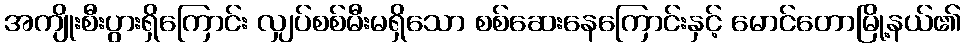
အကျိုးစီးပွားရှိကြောင်း လျှပ်စစ်မီးမရှိသော စစ်ဆေးနေကြောင်းနှင့် မောင်တောမြို့နယ်၏